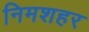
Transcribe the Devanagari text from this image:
निमशहर